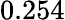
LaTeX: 0.254